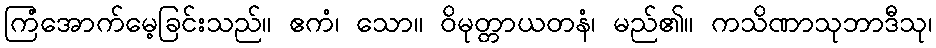
ကြံအောက်မေ့ခြင်းသည်။ ဧကံ၊ သော။ ဝိမုတ္တာယတနံ၊ မည်၏။ ကသိဏာသုဘာဒီသု၊